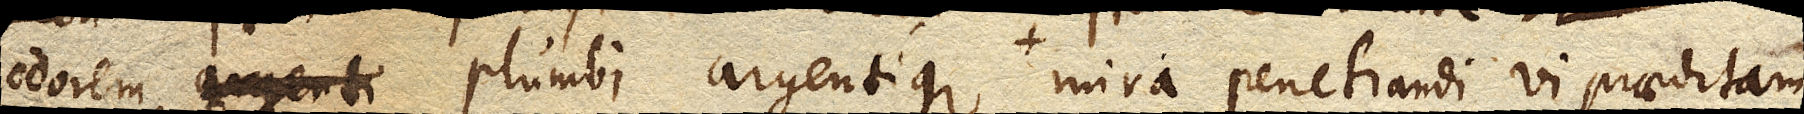
odorem plumbi argentique, qui certe mercurialis quidam vapor est mira penetrandi vi praeditam